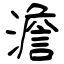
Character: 濉